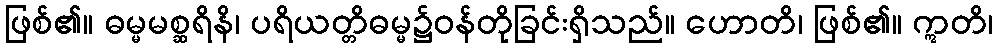
ဖြစ်၏။ ဓမ္မမစ္ဆရိနိ၊ ပရိယတ္တိဓမ္မ၌ဝန်တိုခြင်းရှိသည်။ ဟောတိ၊ ဖြစ်၏။ ဣတိ၊